Report of the King Institute of Preventive Medicine, Guindy
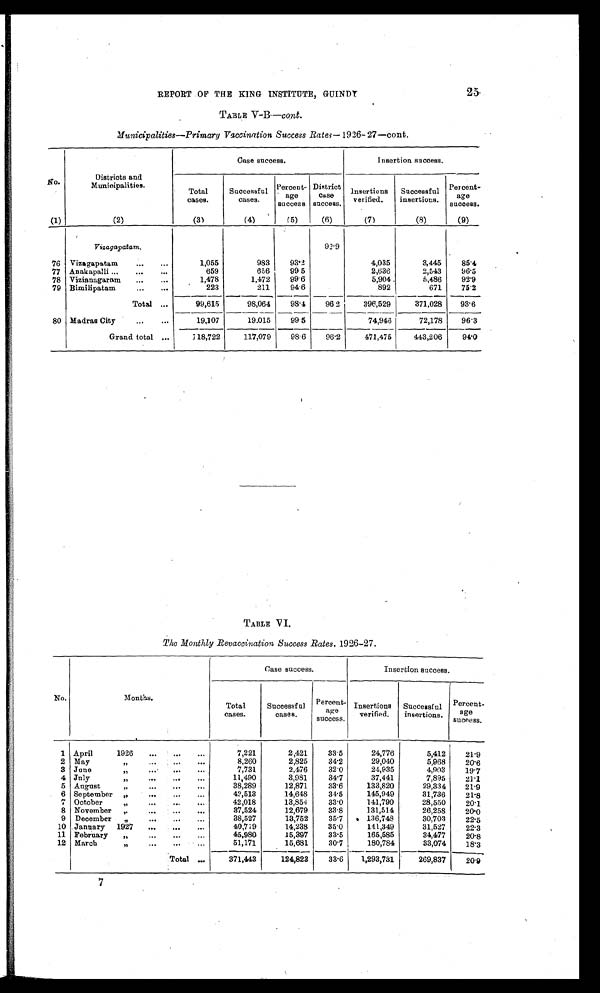
25
REPORT OF THE KING INSTITUTE, GUINDY
TABLE V-B— cont.
Municipalities—Primary Vaccination Success Rates— 1926-27—cont.
No.
Districts and
Municipalities.
Case success.
Insertion success.
Total
cases.
Successful
cases.
Percent-
age
success.
District
case
success.
Insertions
verified.
Successful
insertions.
Percent
-
age
success.
(1)
(2)
( 3 )
(4)
(5)
(6)
(7)
(8)
(9)
Vizagapatam.
92.9
76 Vizagapatam . . .
1,055
983
93.2
4,035
3,445
85.4
77 Anakapalli . . .
659
656
99.5
2,636
2,543
96.5
78 Vizianagaram . . .
1,478
1,472
99.6
5,904
5,486
92.9
79 Bimilipatam . . .
223
211
94.6
892
671
75.2
Total . . .
99,615
98,064
98.4
96.2
396,529
371,028
93.6
80 Madras City . . .
19,107
19.015
99.5
74,946
72,178
96.3
Grand total . . .
118,722
117,079
98.6
96.2
471,475
443,206
94.0
TABLE V I.
The Monthly Revaccination Success Rates, 1926-27.
No.
Months.
Case success.
Insertion success.
Total
cases.
Successful
cases.
Percent-
age
success.
Insertions
verified.
Successful
insertions.
Percent
-
age
success.
1 April 1926 . . .
7,221
2,421
33.5
24,776
5,412
21.9
2 May " . . .
8,260
2,825
34.2
29,040
5,968
20.6
3 June " . . .
7,731
2,476
32.0
24,935
4,903
19. 7
4 July " . . .
11,490
3,981
34.7
37,441
7,895
21.1
5 August " . . .
38,289
12,871
33.6
133,820
29,334
21.9
6 September " . . .
42,513
14,648
34.5
145,949
31,736
21.8
7 October " . . .
42,018
13,854
33.0
141,790
28,550
20.1
8 November . . .
37,524
12,679
33.8
131,514
26,258
20.0
9 December " . . .
38,527
13,752
35.7
136,748
30,703
22.5
10 January 1927 . . .
40,719
14,238
35.0
141,349
31,527
22.3
11 February " . . .
45,980
15,397
33.5
165,585
34,477
20.8
12 March " . . .
51,171
15,681
30.7
180,784
33,074
18.3
Total . . .
371,443
124,823
33.6
1,293,731
269,837
20.9
7